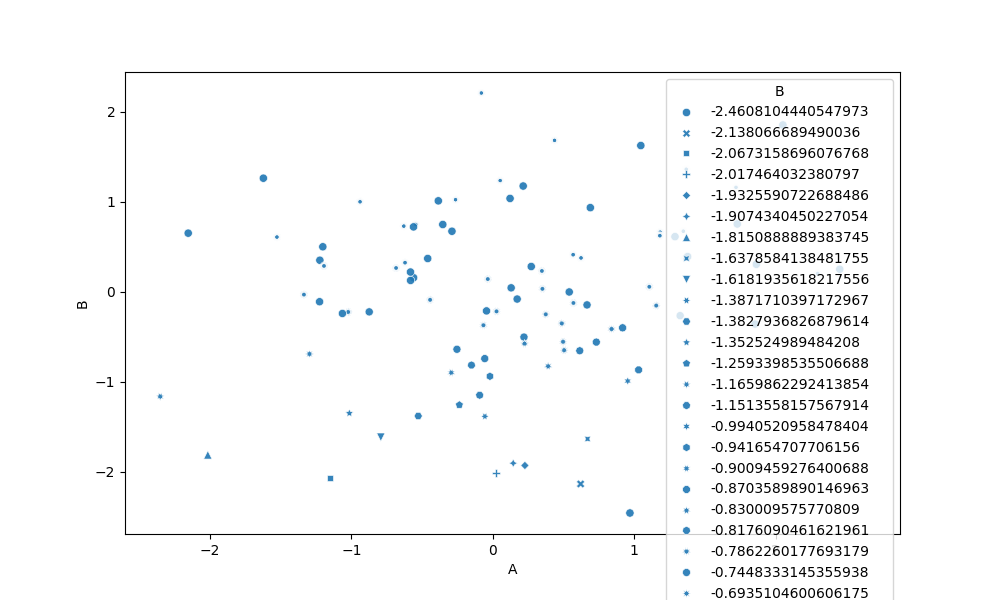
python, seaborn, scatterplot, hue='None', style='B', size='None', palette='deep', alpha=0.9